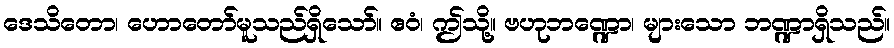
ဒေသိတော၊ ဟောတော်မူသည်ရှိသော်။ ဧဝံ၊ ဤသို့။ ဗဟုဘဏ္ဍော၊ များသော ဘဏ္ဍာရှိသည်။